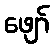
ဖျော်